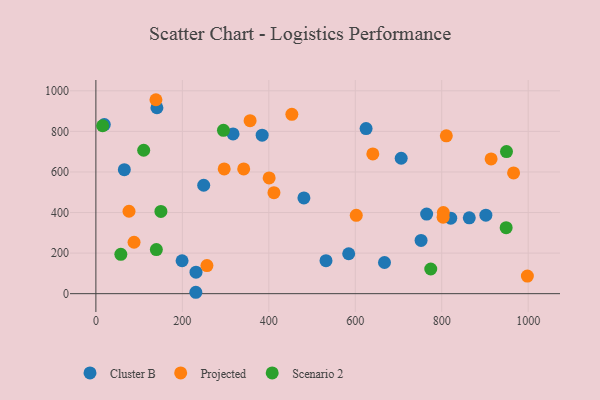
{"axis": {"x": "Speed", "y": "Demand"}, "legend": ["Cluster B", "Projected", "Scenario 2"], "data": [{"x": "752.2", "y": 262.5, "type": "Cluster B"}, {"x": "141.2", "y": 916.5, "type": "Cluster B"}, {"x": "384.6", "y": 781.1, "type": "Cluster B"}, {"x": "532.3", "y": 162.9, "type": "Cluster B"}, {"x": "863.7", "y": 374.1, "type": "Cluster B"}, {"x": "902.1", "y": 387.2, "type": "Cluster B"}, {"x": "706.2", "y": 667.5, "type": "Cluster B"}, {"x": "820.8", "y": 372.3, "type": "Cluster B"}, {"x": "65.8", "y": 611.3, "type": "Cluster B"}, {"x": "481.2", "y": 472.2, "type": "Cluster B"}, {"x": "765.1", "y": 392.3, "type": "Cluster B"}, {"x": "231.6", "y": 106.0, "type": "Cluster B"}, {"x": "231.2", "y": 6.9, "type": "Cluster B"}, {"x": "199.4", "y": 162.4, "type": "Cluster B"}, {"x": "249.4", "y": 534.4, "type": "Cluster B"}, {"x": "584.8", "y": 196.9, "type": "Cluster B"}, {"x": "19.5", "y": 833.4, "type": "Cluster B"}, {"x": "317.3", "y": 787.6, "type": "Cluster B"}, {"x": "667.6", "y": 153.8, "type": "Cluster B"}, {"x": "625.0", "y": 813.9, "type": "Cluster B"}, {"x": "914.2", "y": 664.4, "type": "Projected"}, {"x": "810.6", "y": 778.2, "type": "Projected"}, {"x": "966.2", "y": 595.4, "type": "Projected"}, {"x": "803.7", "y": 399.7, "type": "Projected"}, {"x": "803.2", "y": 376.8, "type": "Projected"}, {"x": "256.9", "y": 138.7, "type": "Projected"}, {"x": "296.8", "y": 614.9, "type": "Projected"}, {"x": "602.3", "y": 386.0, "type": "Projected"}, {"x": "138.9", "y": 956.1, "type": "Projected"}, {"x": "998.1", "y": 86.6, "type": "Projected"}, {"x": "76.6", "y": 406.3, "type": "Projected"}, {"x": "400.8", "y": 570.4, "type": "Projected"}, {"x": "356.7", "y": 852.6, "type": "Projected"}, {"x": "411.9", "y": 498.0, "type": "Projected"}, {"x": "453.3", "y": 884.1, "type": "Projected"}, {"x": "88.3", "y": 253.4, "type": "Projected"}, {"x": "640.6", "y": 689.1, "type": "Projected"}, {"x": "341.9", "y": 615.1, "type": "Projected"}, {"x": "57.7", "y": 194.1, "type": "Scenario 2"}, {"x": "774.6", "y": 121.6, "type": "Scenario 2"}, {"x": "110.6", "y": 707.0, "type": "Scenario 2"}, {"x": "15.6", "y": 827.7, "type": "Scenario 2"}, {"x": "295.1", "y": 805.3, "type": "Scenario 2"}, {"x": "150.4", "y": 405.3, "type": "Scenario 2"}, {"x": "949.0", "y": 325.6, "type": "Scenario 2"}, {"x": "949.8", "y": 700.5, "type": "Scenario 2"}, {"x": "139.9", "y": 217.6, "type": "Scenario 2"}]}